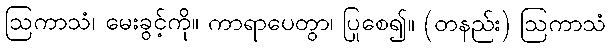
ဩကာသံ၊ မေးခွင့်ကို။ ကာရာပေတွာ၊ ပြုစေ၍။ (တနည်း) ဩကာသံ